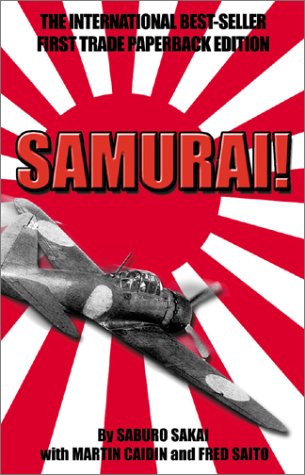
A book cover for Samurai!; Martin Caiden; History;